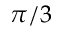
\pi / 3